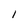
Character: 1